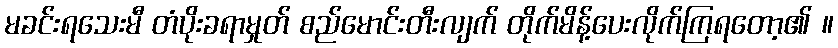
မခင်းရသေးမီ တံပိုးခရာမှုတ် စည်မောင်းတီးလျက် တိုက်မိန့်ပေးလိုက်ကြရတော့၏ ။